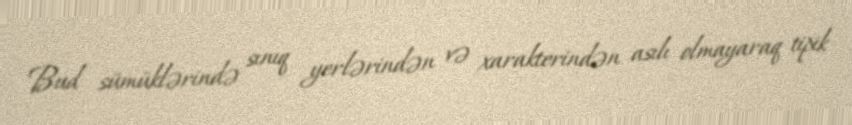
Bud sümüklərində sınıq yerlərindən və xarakterindən asılı olmayaraq tipik